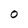
Character: O